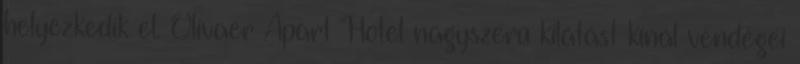
helyezkedik el. Olivaer Apart Hotel nagyszerű kilátást kínál vendégei